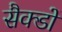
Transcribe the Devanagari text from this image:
सैक्डों